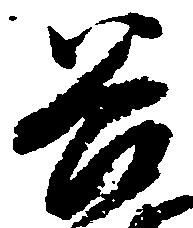
谷